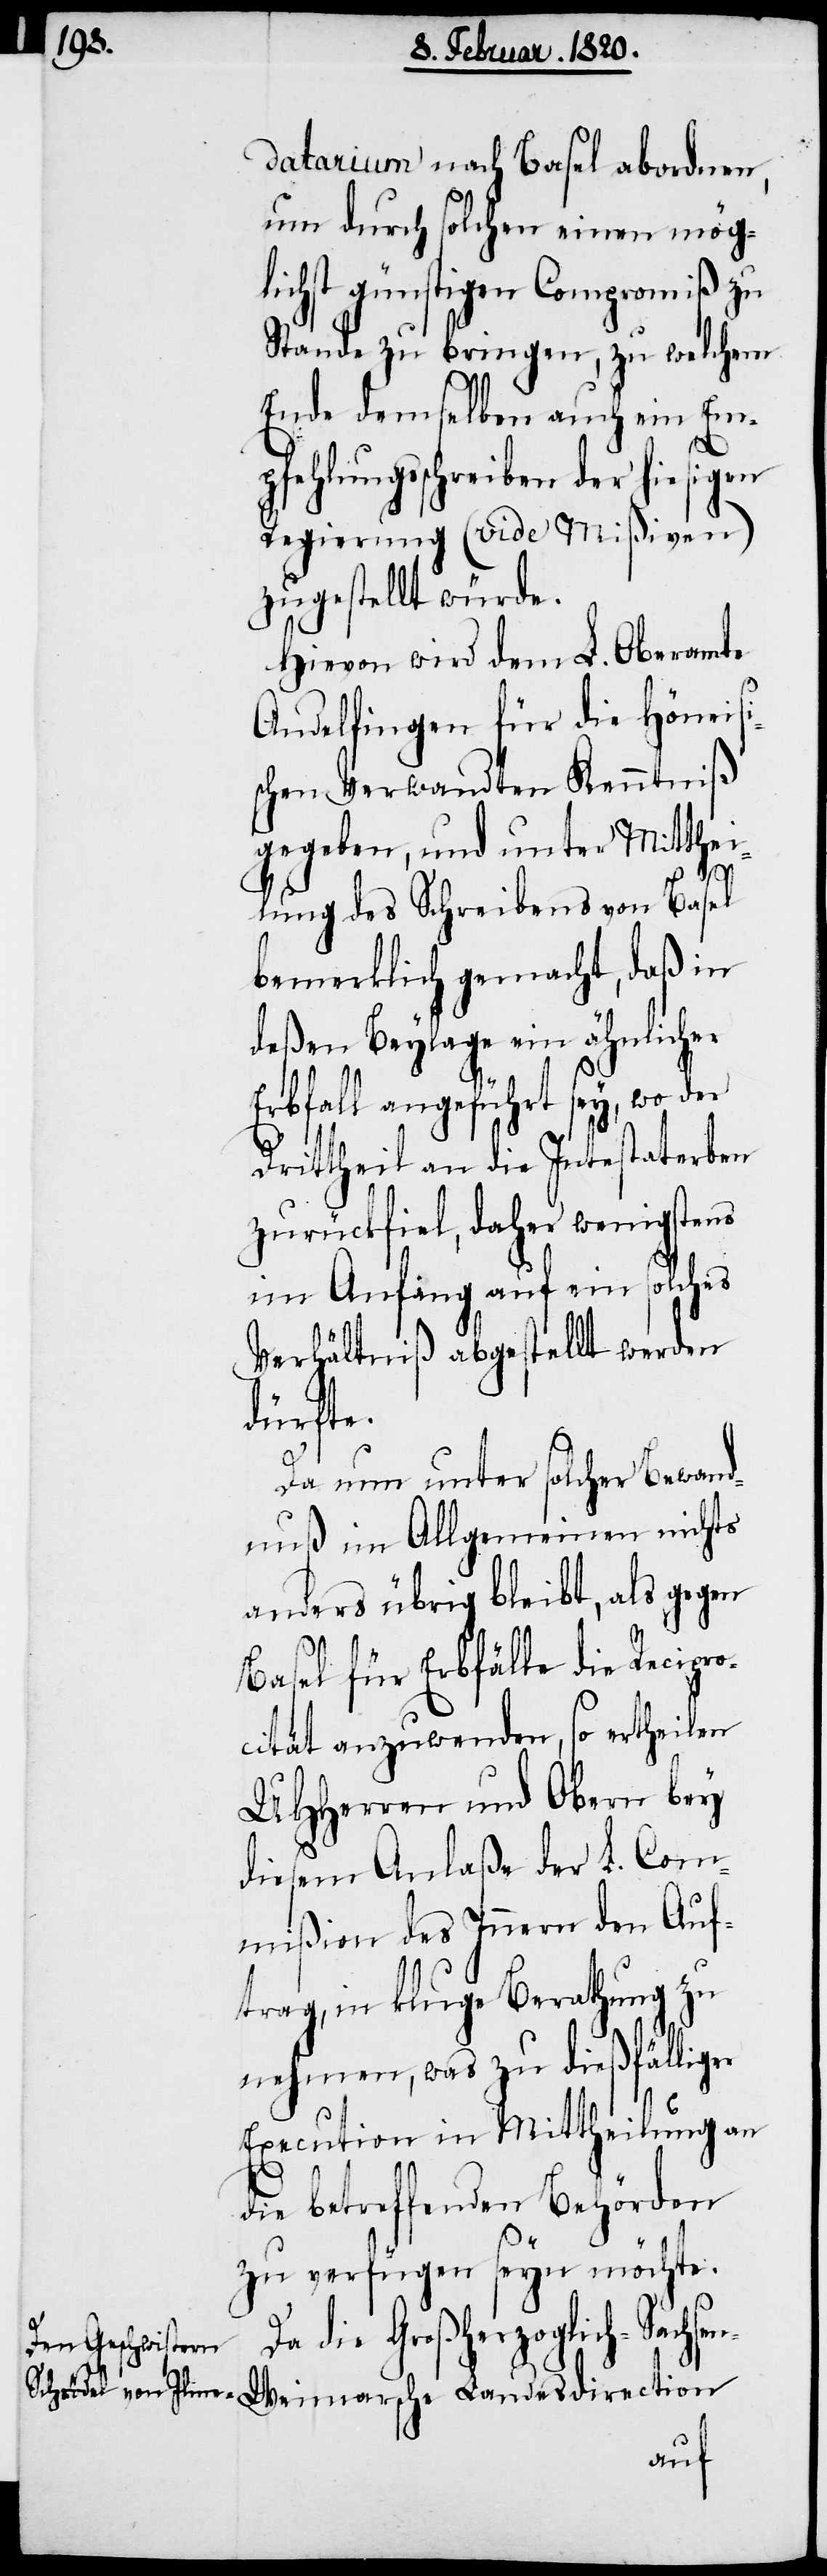
datarium nach Basel abordnen,
um durch solchen einen mög¬
lichst günstigen Compromiß zu
Stande zu bringen, zu welchem
Ende demselben auch ein Em¬
pfehlungsschreiben der hiesigen
Regierung (vide Mißiven)
zugestellt würde.
Hievon wird dem L. Oberamte
Andelfingen für die Höneis¬
ischen Verwandten Kenntniß
gegeben, und unter Mitthei¬
lung des Schreibens von Basel
bemerklich gemacht, daß in
deßen Beylage ein ähnlicher
Erbfall angeführt sey, wo der
Drittheil an die Intestaterben
zurückfiel, daher wenigstens
im Anfang auf ein solches
Verhältniß abgestellt werden
dürfte.
Da nun unter solcher Bewand¬
nuß im Allgemeinen nichts
anders übrig bleibt, als gegen
Basel für Erbfälle die Recipr¬
ität anzuwenden, so ertheilen
UHHerren und Obern bey
diesem Anlaße der L. Com¬
mißion des Innern den Auf¬
trag, in kluge Berathung zu
nehmen, was zu dießfälliger
Execution in Mittheilung an
oc¬
die betreffenden Behörden
zu verfügen seyn möchte.
die Großherzoglich-Sachse¬
n-Weimarsche Landesdirection